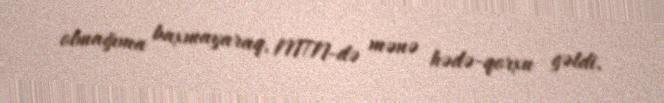
olmağıma baxmayaraq, MTN-də mənə hədə-qorxu gəldi.